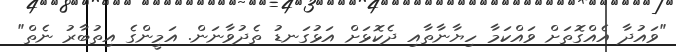
"ވައުދާ އެއްގޮތަށް ވައްކަމާ ހިޔާނާތާއި ދެކޮޅަށް އަޅުގަނޑު ތެދުވާނަން. އަމީންގެ އިތުބާރު ނެތް"